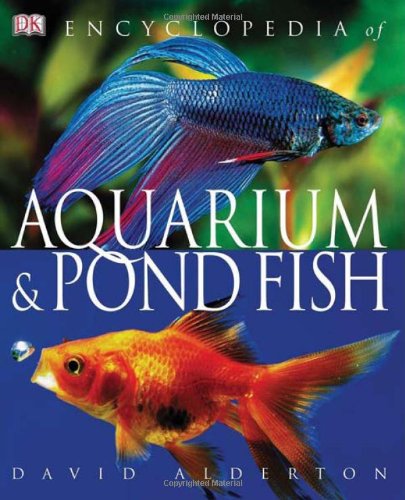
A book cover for Encyclopedia of Aquarium & Pond Fish; David Alderton; Crafts, Hobbies & Home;